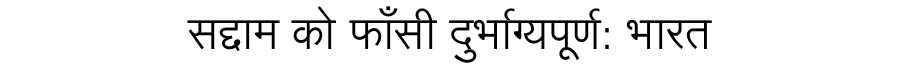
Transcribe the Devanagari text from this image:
सद्दाम को फाँसी दुर्भाग्यपूर्ण: भारत